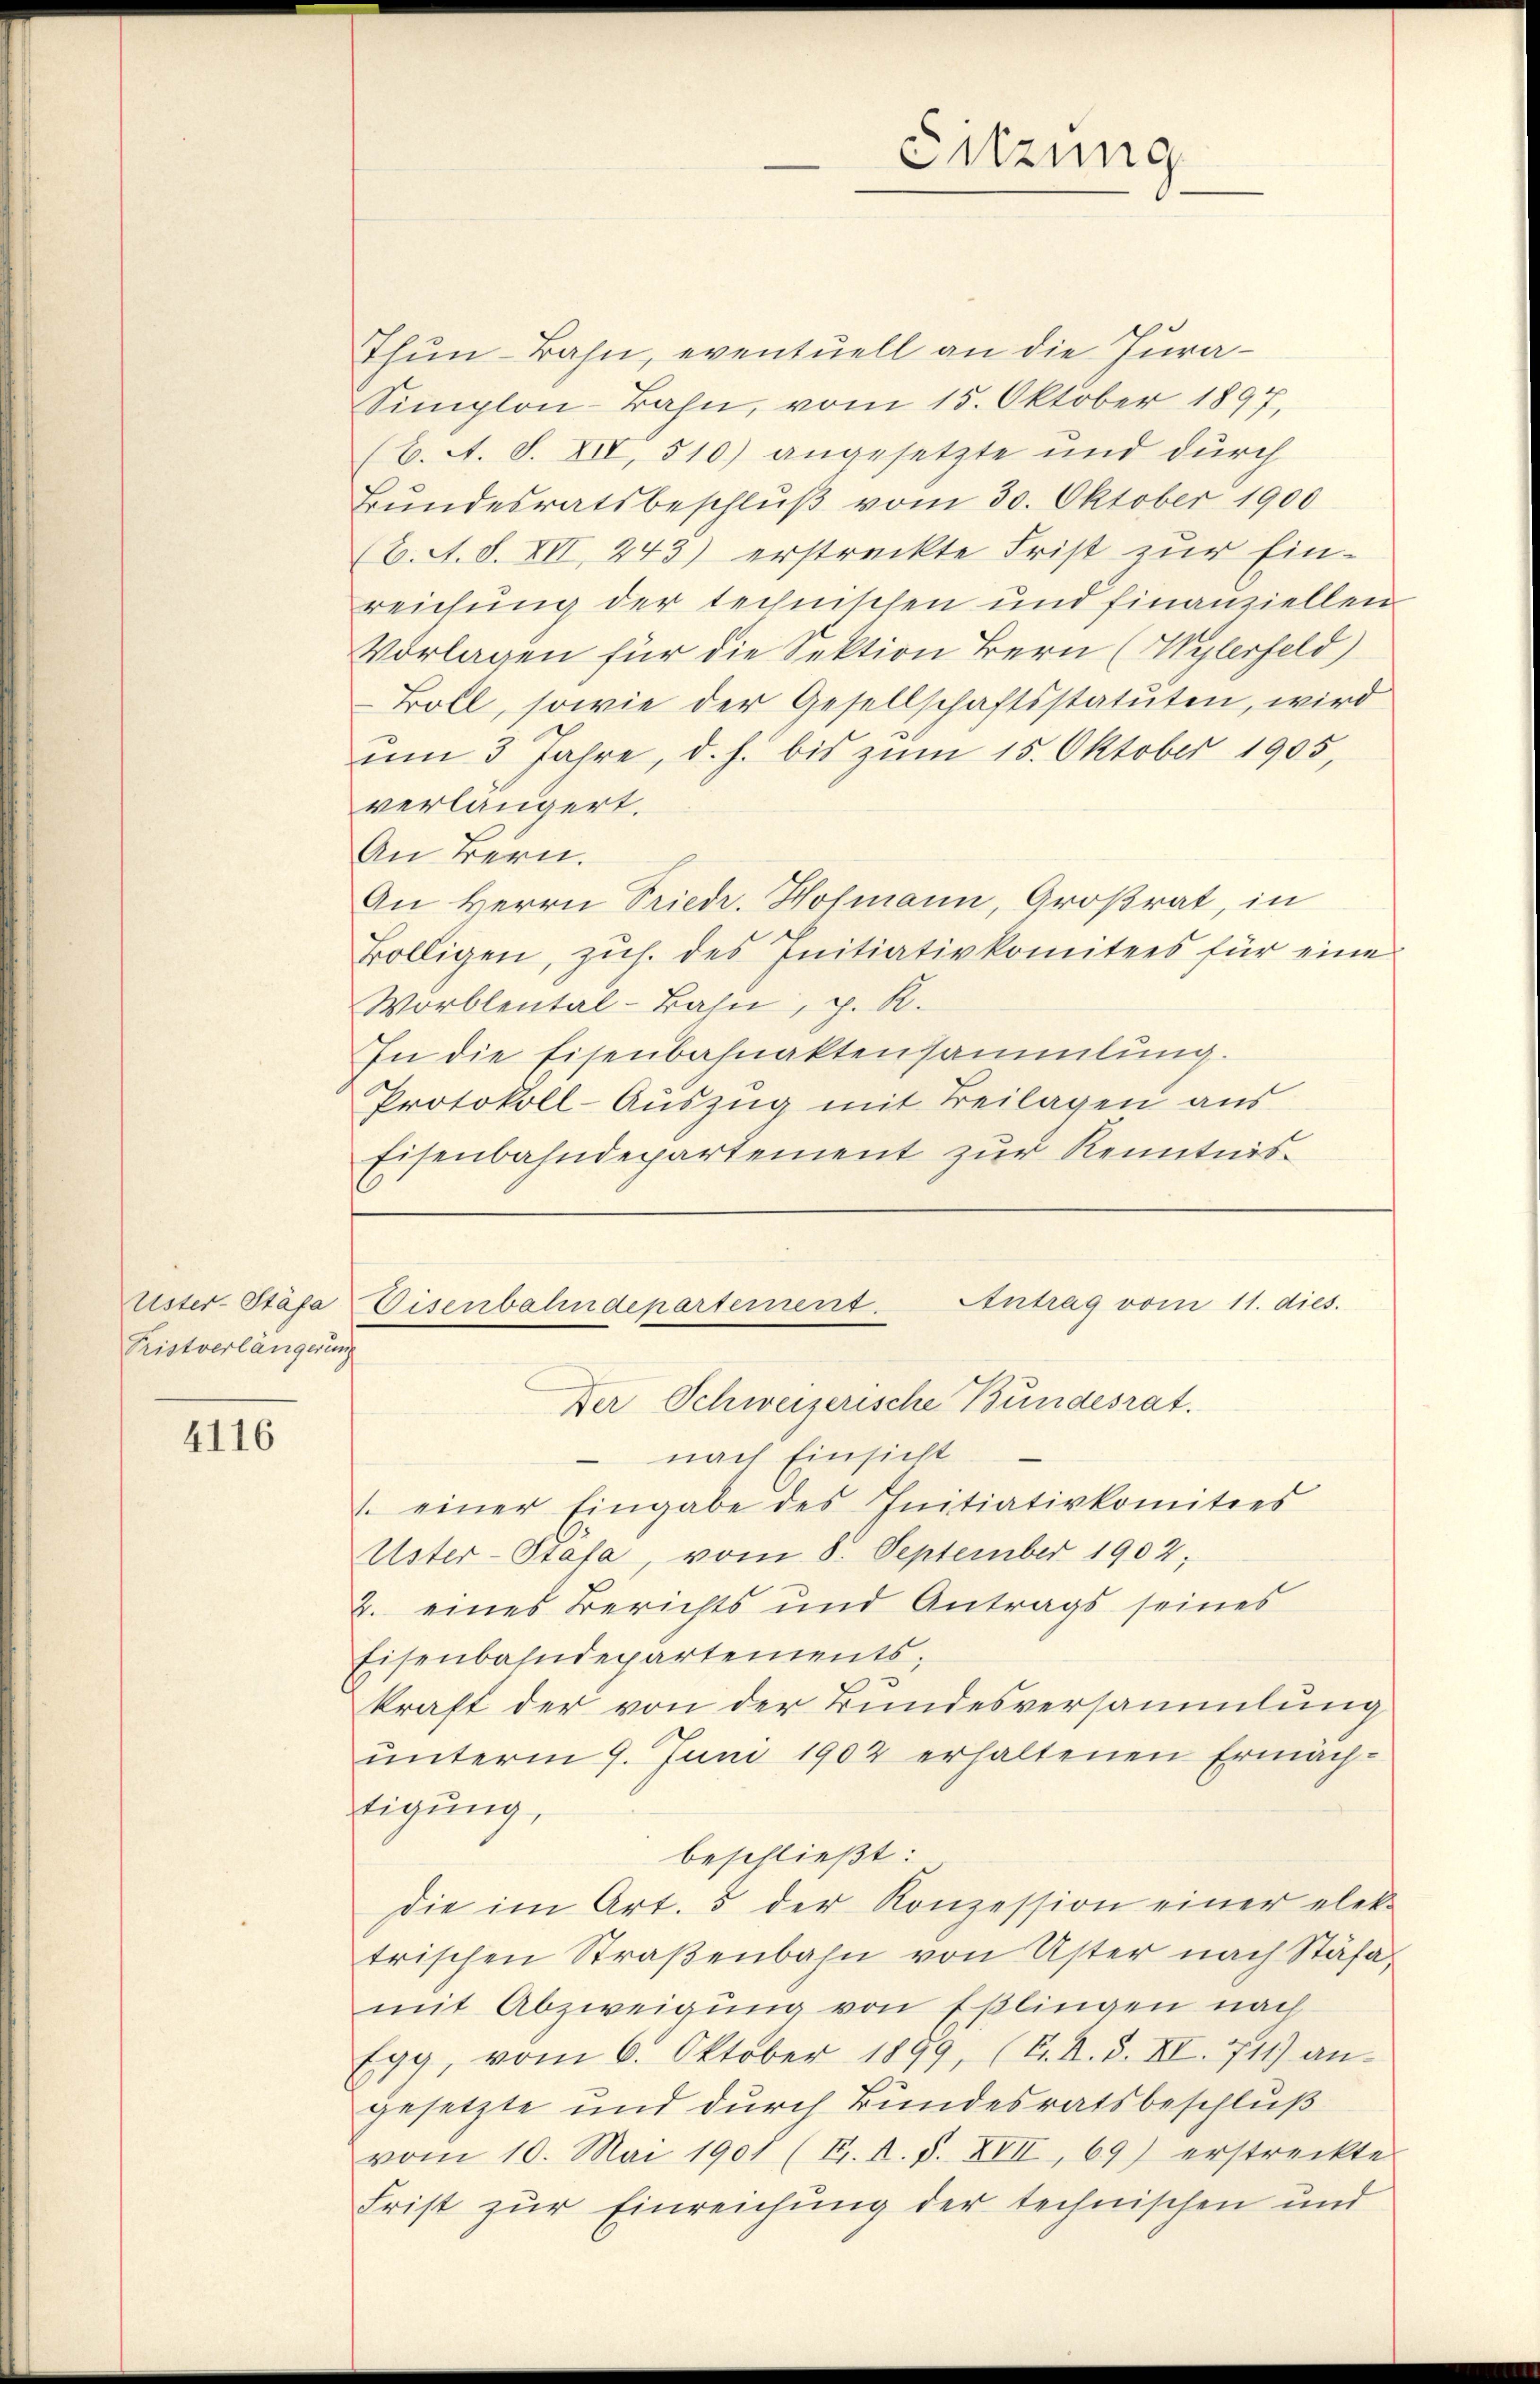
Uster-Stäfa
Pristverlängerung

4116

Thun-Bahn, eventuell an die Jura¬
Simplon-Bahn, vom 15. Oktober 1897,
(6. A. S. XIV, 510.) angesetzte und durch
Bundesratsbeschlŭβ vom 30. Oktober 1900
(b. A. S. VII, 243) erstreckte Frist zur Ein-
reichung der technischen und finanziellen
Vorlagen für die Sektion Bern (Wylerfeld)
Boll, sowie der Gesellschaftsstatuten, wird
um 3 Jahre, d. h. bis zŭm 15. Oktober 1905,
verlängert.
An Bern.
An Herrn Priedr. Hofmann, Großrat, in
völligen, zŭh. des Initiativkomitees für eine
Worblental-Bahn, p. R.
In die Eisenbahnaktensammlung.
Protokoll-Auszug mit Beilagen aus
Eisenbahndepartement zur Kenntnis¬

Antrag vom 11. dies.
 nach Einsicht
1. einer Eingabe des Initiativkomitees
Uster-Stafa, vom 8. September 1902;
2. eines Berichts und Antrags seines
Eisenbahndepartements;
kraft der von der Bundesversammlung
unterm 9. Juni 1902 erhaltenen Ermächtigung,
beschließt:
Die im Art. 5 der Konzession einer elek.
trischen Straβenbahn von Uster nach Stäfa,
mit Abzweigung von Eßlingen nach
Egg, vom 6. Oktober 1899, (K. A. S. III. 711) an-
gesetzte und durch Bundesratsbeschluß
vom 10. Mai 1901 (T. A. S. XVII, 69) erstreckte
Frist zur Einreichung der technischen und

Eisenbahndepartement.
Der Schweizerische Bundesrat.

Sitzung